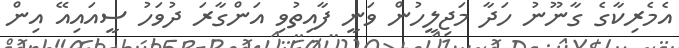
އެމެރިކާގެ ގާނޫނު ހަދާ މަޖިލީހުން ވަނީ ފާއިތުވި އަންގާރަ ދުވަހު ސީއައިއޭ އިން